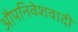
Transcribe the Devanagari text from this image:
औपनिवेशवादी